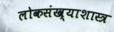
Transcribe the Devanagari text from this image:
लोकसंख्याशास्त्र